Civil Veterinary Department. Madras. Admin. report 1910-25 - 1910-1925
Year: 1910
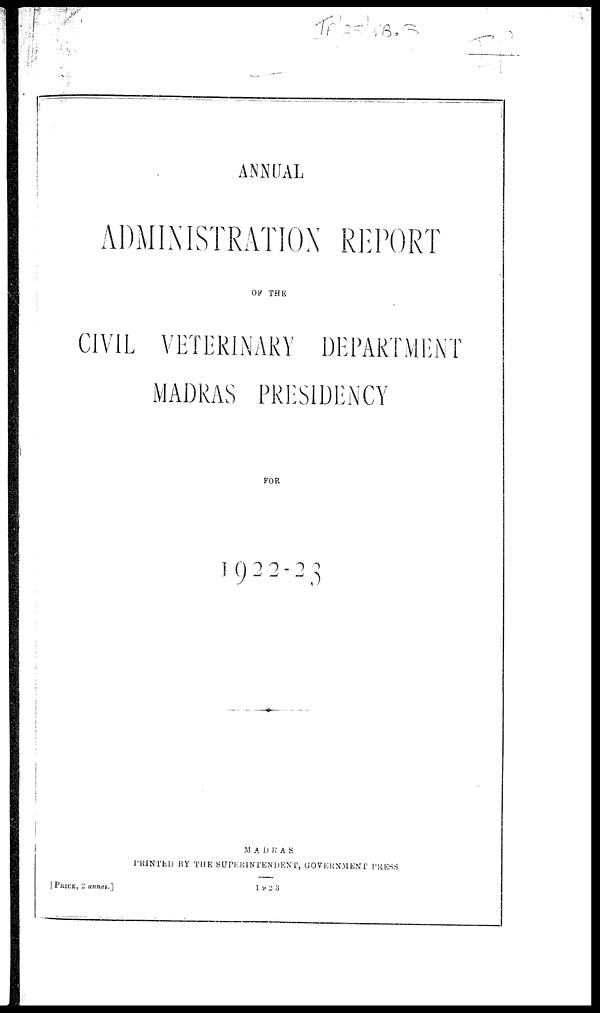
ANNUAL
ADMINISTRATION REPORT
OF THE
CIVIL VETERINARY DEPARTMENT
MADRAS PRESIDENCY
FOR
1922-23
MADRAS
PRINTED BY THE SUPERINTENDENT, GOVERNMENT PRESS
[PRINCE, 2 annas.]
1923